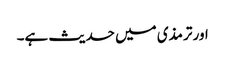
اور ترمذی میں حدیث ہے۔